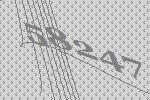
58247